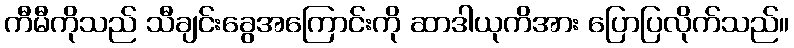
ကီမီကိုသည် သီချင်းခွေအကြောင်းကို ဆာဒါယုကိအား ပြောပြလိုက်သည်။